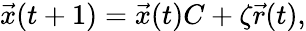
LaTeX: \begin{array}{r}{\vec{x}(t+1)=\vec{x}(t)C+\zeta\vec{r}(t),}\end{array}